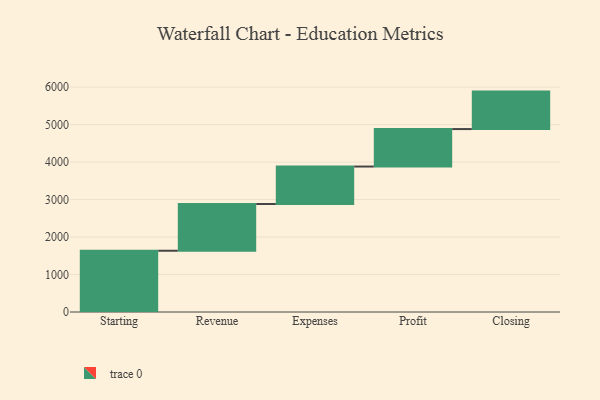
{"axis": {"x": "Step", "y": "Value"}, "legend": [""], "data": [{"x": "Starting", "y": 1635.0, "type": ""}, {"x": "Revenue", "y": 1247.0, "type": ""}, {"x": "Expenses", "y": 1000, "type": ""}, {"x": "Profit", "y": 1000, "type": ""}, {"x": "Closing", "y": 1000, "type": ""}]}